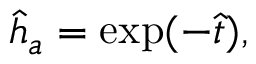
\hat { h } _ { a } = \exp ( - \hat { t } ) ,